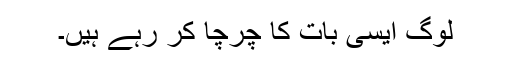
لوگ ایسی بات کا چرچا کر رہے ہیں۔